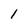
Character: l